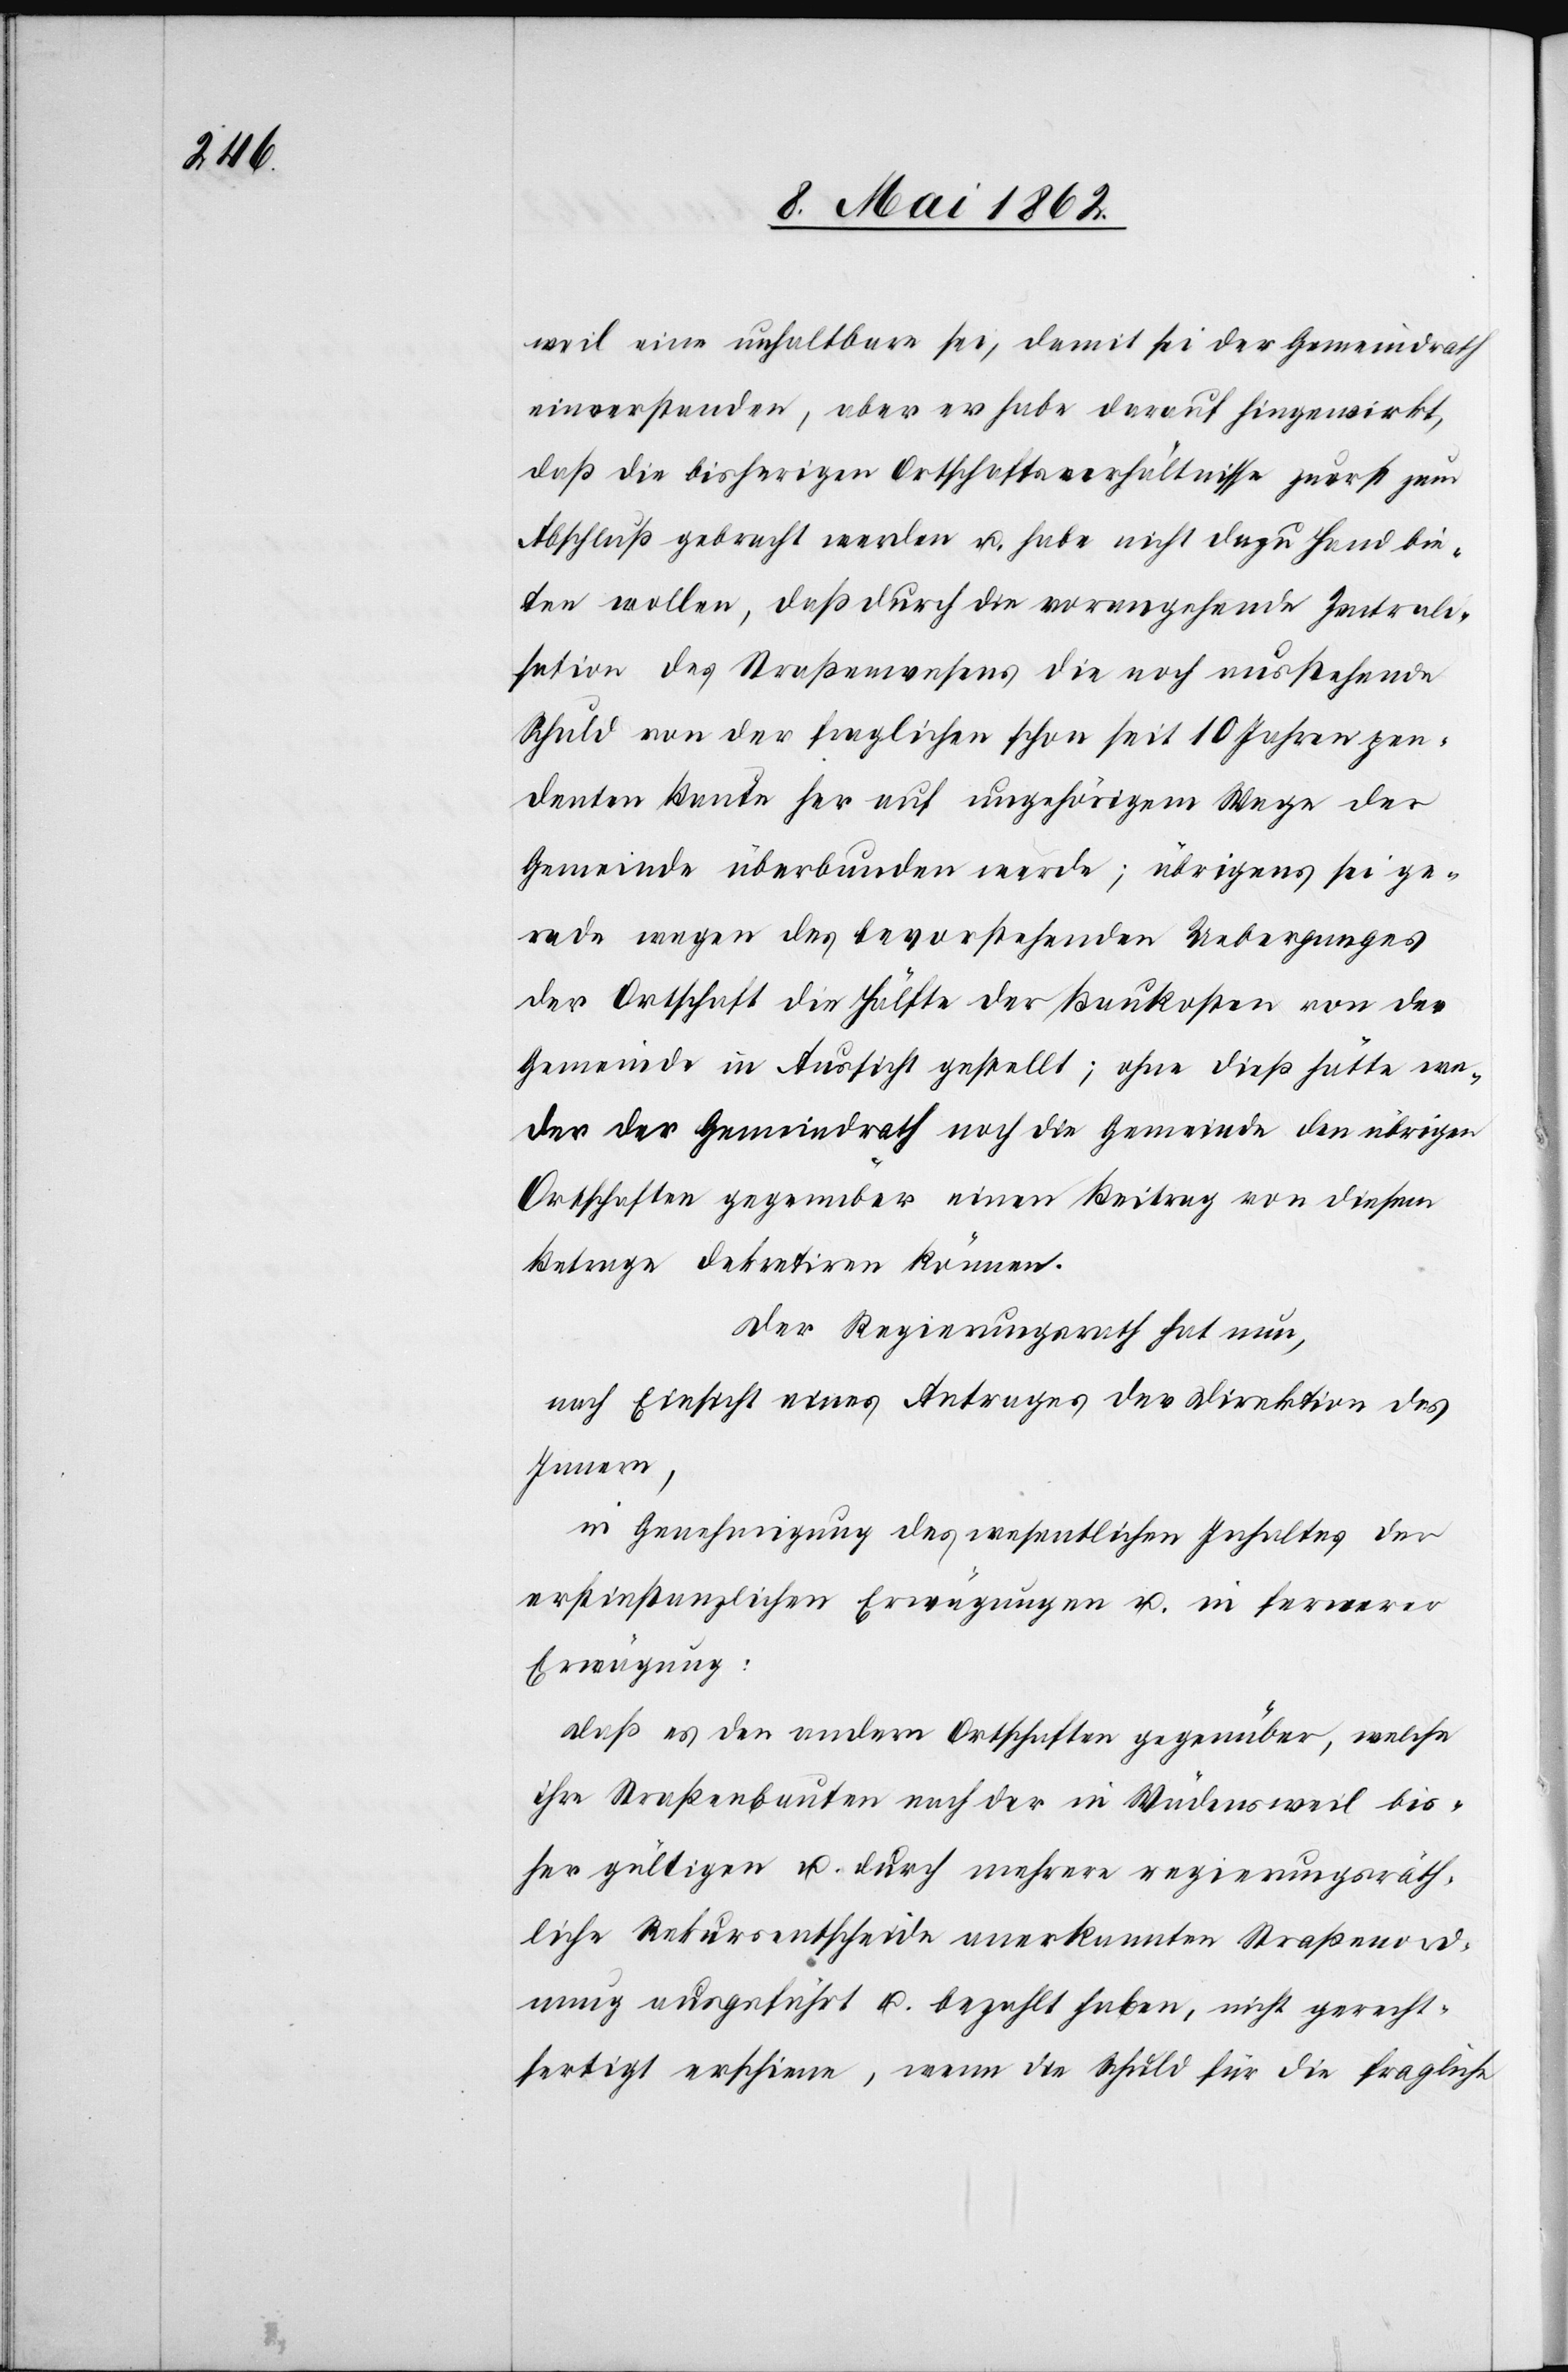
weil eine unhaltbare sei, damit sei der Gemeindrath
einverstanden, aber er habe darauf hingewirkt,
daß die bisherigen Ortschaftsverhältnisse zuerst zum
Abschluß gebracht werden u. habe nicht dazu Hand bie¬
ten wollen, daß durch die vorangehende Zentrali¬
sation des Straßenwesens die noch ausstehende
Schuld von der fraglichen schon seit 10 Jahren pen¬
denten Baute her auf ungehörigem Wege der
Gemeinde überbunden werde; übrigens sei ge¬
rade wegen des bevorstehenden Ueberganges
der Ortschaft die Hälfte der Baukosten von der
Gemeinde in Aussicht gestellt; ohne dieß hätte we¬
der der Gemeindrath noch die Gemeinde den übrigen
Ortschaften gegenüber einen Beitrag von diesem
Betrage dekretiren können.
Der Regierungsrath hat nun,
nach Einsicht eines Antrages der Direktion des
Innern,
in Genehmigung des wesentlichen Inhaltes der
erstinstanzlichen Erwägungen u. in fernerer
Erwägung:
Daß es den andern Ortschaften gegenüber, welche
ihre Straßenbauten nach der in Wädensweil bis¬
her gültigen u. durch mehrere regierungsräth¬
liche Rekursentscheide anerkannten Straßenord¬
nung ausgeführt u. bezahlt haben, nicht gerecht¬
fertigt erschiene, wenn die Schuld für die fragliche